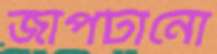
জাপটানো